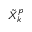
\tilde { X } _ { k } ^ { p }